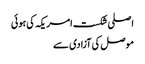
اصلی شکست امریکہ کی ہوئی
موصل کی آزادی سے